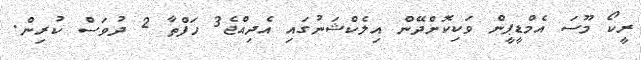
ރީކޯ މޫސަ އެމްޑީޕީން ވަކިކޮށްދޭން އިލެކްޝަނުގައި އެދިއްޖެ3 ހަފްތާ 2 ދުވަސް ކުރިން.